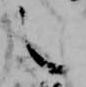
之